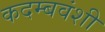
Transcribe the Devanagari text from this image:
कदम्बवंशी